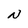
Character: N